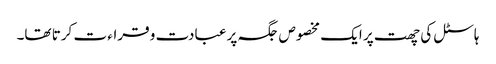
ہاسٹل کی چھت پر ایک مخصوص جگہ پر عبادت و قراء ت کرتا تھا۔